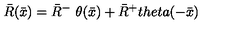
{ \bar { R } } ( { \bar { x } } ) = { \bar { R } } ^ { - } \ \theta ( { \bar { x } } ) + { \bar { R } } ^ { + } t h e t a ( - { \bar { x } } )